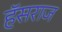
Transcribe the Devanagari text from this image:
हॅसराज